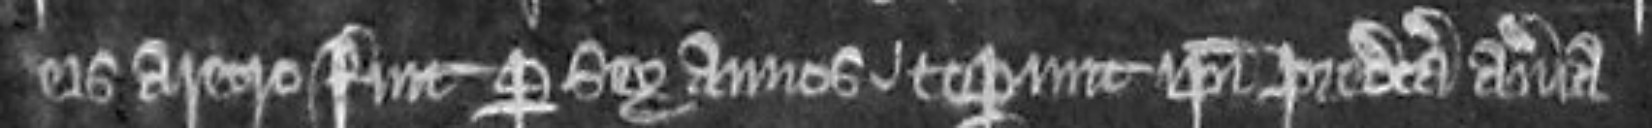
eis aretro fuit per sex annos ceperunt ipsi predicta averia.